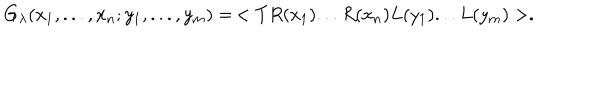
LaTeX: G _ { \lambda } ( x _ { 1 } , . . . , x _ { n } ; y _ { 1 } , . . . , y _ { m } ) = \, < T R ( x _ { 1 } ) . . . R ( x _ { n } ) L ( y _ { 1 } ) . . . L ( y _ { m } ) > .